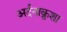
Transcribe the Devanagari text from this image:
अर्दनाक्रुशा